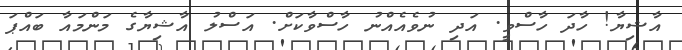
އާޝިޔާ! ހާދަ ހާސްވީ. އަދި ނުވެއެއްނު ހާސްވާކަށް. އަސްލު އާޝިޔާގެ މަންމައާ ބައްޕަ